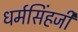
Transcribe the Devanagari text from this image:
धर्मसिंहजी